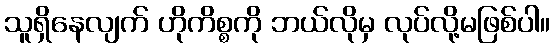
သူရှိနေလျက် ဟိုကိစ္စကို ဘယ်လိုမှ လုပ်လို့မဖြစ်ပါ။